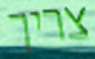
צריך